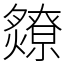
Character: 爒